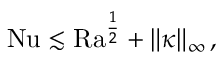
\mathrm { { N u } } \lesssim \mathrm { { R a } } ^ { \frac 1 2 } + \| \kappa \| _ { \infty } \, ,